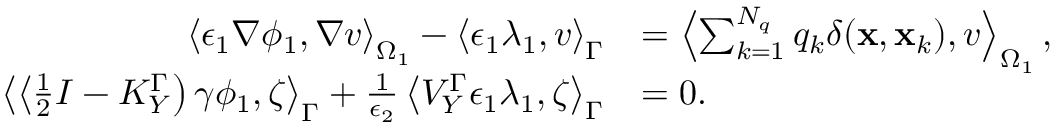
\begin{array} { r l } { \left\langle \epsilon _ { 1 } \nabla \phi _ { 1 } , \nabla v \right\rangle _ { \Omega _ { 1 } } - \left\langle \epsilon _ { 1 } \lambda _ { 1 } , v \right\rangle _ { \Gamma } } & { = \left\langle \sum _ { k = 1 } ^ { N _ { q } } q _ { k } \delta ( \mathbf { x } , \mathbf { x } _ { k } ) , v \right\rangle _ { \Omega _ { 1 } } , } \\ { \left\langle \left\langle \frac { 1 } { 2 } I - K _ { Y } ^ { \Gamma } \right) \gamma \phi _ { 1 } , \zeta \right\rangle _ { \Gamma } + \frac { 1 } { \epsilon _ { 2 } } \left\langle V _ { Y } ^ { \Gamma } \epsilon _ { 1 } \lambda _ { 1 } , \zeta \right\rangle _ { \Gamma } } & { = 0 . } \end{array}